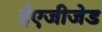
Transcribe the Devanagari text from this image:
ईएजीजेड